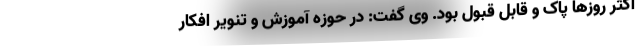
اکثر روزها پاک و قابل قبول بود. وی گفت: در حوزه آموزش و تنویر افکار